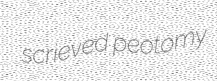
scrieved peotomy